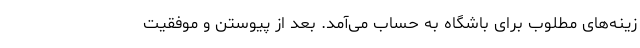
زینه‌های مطلوب برای باشگاه به حساب می‌آمد. بعد از پیوستن و موفقیت